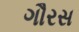
ગૌરસ